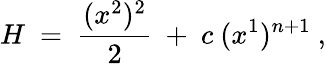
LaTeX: H\ =\ \frac{(x^{2})^{2}}{2}\ +\ c\ (x^{1})^{n+1}\ ,